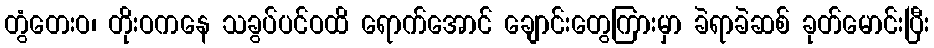
တွံတေးဝ၊ တိုးဝကနေ သခွပ်ပင်ဝထိ ရောက်အောင် ချောင်းတွေကြားမှာ ခဲရာခဲဆစ် ခုတ်မောင်းပြီး